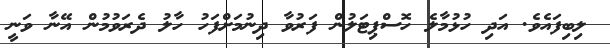
ލިބިފައެވެ. އަދި ހުޅުމާލެ ހޮސްޕިޓަލުން ފަރުވާ ދިނުމަށްފަހު ހާލު ދެރަވުމުން އޭނާ ވަނީ